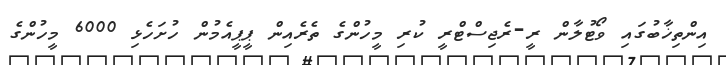
އިންތިޚާބުގައި ވޯޓުލާން ރީ-ރެޖިސްޓްރީ ކުރި މީހުންގެ ތެރެއިން ޕީޕީއެމުން ހުށަހެޅި 6000 މީހުންގެ